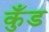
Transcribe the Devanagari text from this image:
कुँड